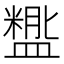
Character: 𬐵